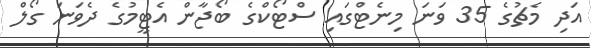
އަދި މެޗުގެ 35 ވަނަ މިނެޓްގައި ސްޓޯކްގެ ބޯޖާން އެޓީމުގެ ދެވަނަ ގޯލް